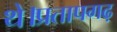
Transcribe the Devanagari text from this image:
थे।प्रतापगढ़